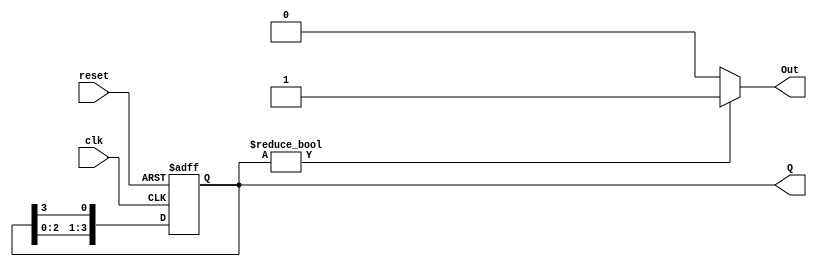
module ring_counter (
    input wire clk,       // Clock input
    input wire reset,     // Asynchronous reset input
    output reg [3:0] Q,   // 4-bit output representing the current state
    output reg Out        // Output based on the current state
);

// State encoding
parameter STATE0 = 4'b0001; // State 0
parameter STATE1 = 4'b0010; // State 1
parameter STATE2 = 4'b0100; // State 2
parameter STATE3 = 4'b1000; // State 3

// Sequential Logic Block
always @(posedge clk or posedge reset) begin
    if (reset) begin
        Q <= STATE0; // Reset to State 0
    end else begin
        // Shift the state to the right
        Q <= {Q[2:0], Q[3]}; // Rotate right
    end
end

// Output Logic
always @(*) begin
    // Moore output: Out is 1 when Q is in any state, otherwise 0
    Out = (Q != 4'b0000) ? 1'b1 : 1'b0; // Out is 1 if there's a '1' in Q
end

endmodule